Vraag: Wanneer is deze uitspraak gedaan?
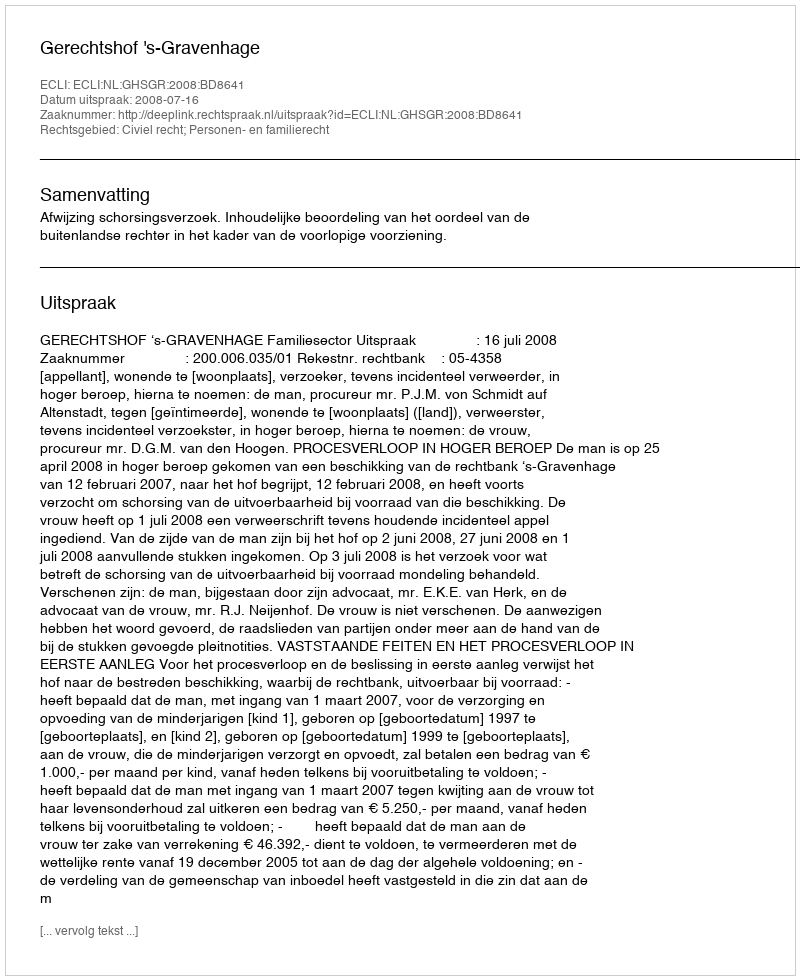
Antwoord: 2008-07-16